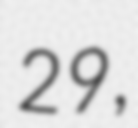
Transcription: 29,